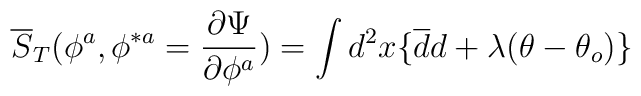
\overline S_T (\phi^a,\phi^{\ast a}= {\partial\Psi\over \partial\phi^a})  = \int d^2x \{ \overline d d + \lambda (\theta - \theta_o )\}